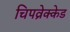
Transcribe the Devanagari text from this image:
चिपव्रेक्केड